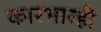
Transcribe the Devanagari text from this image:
कारभारही